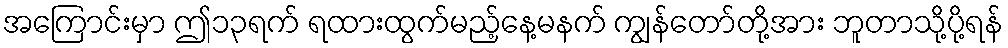
အကြောင်းမှာ ဤ၁၃ရက် ရထားထွက်မည့်နေ့မနက် ကျွန်တော်တို့အား ဘူတာသို့ပို့ရန်